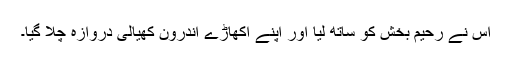
اس نے رحیم بخش کو ساتھ لیا اور اپنے اکھاڑے اندرون کھیالی دروازہ چلا گیا۔